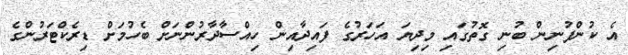
އެ ކުންފުނިން ބުނި ގޮތުގައި މިދިޔަ އަހަރުގެ ފައިދާއިން ހިއްސާދާރުންނަށް ބެހުމަށް ޑިރެކްޓަރުންގެ